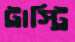
ট্রাস্ট্রি